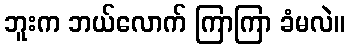
ဘူးက ဘယ်လောက် ကြာကြာ ခံမလဲ။